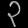
Digit: ၃